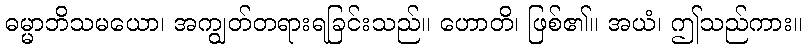
ဓမ္မာဘိသမယော၊ အကျွတ်တရားရခြင်းသည်။ ဟောတိ၊ ဖြစ်၏။ အယံ၊ ဤသည်ကား။